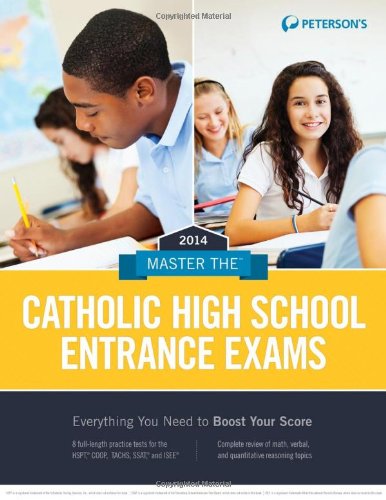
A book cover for Master the Catholic High School Entrance Exams 2014 (Peterson's Master the Catholic High School Entrance Examss); Peterson's; Test Preparation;